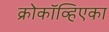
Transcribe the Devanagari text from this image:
क्रोकॉव्हिएका